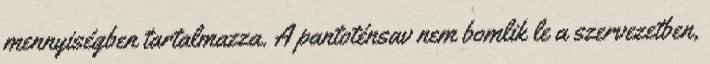
mennyiségben tartalmazza. A pantoténsav nem bomlik le a szervezetben,